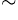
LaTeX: ^\sim